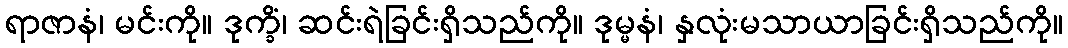
ရာဇာနံ၊ မင်းကို။ ဒုက္ခိံ၊ ဆင်းရဲခြင်းရှိသည်ကို။ ဒုမ္မနံ၊ နှလုံးမသာယာခြင်းရှိသည်ကို။